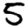
Digit: 5